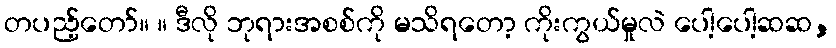
တပည့်တော်။ ။ ဒီလို ဘုရားအစစ်ကို မသိရတော့ ကိုးကွယ်မှုလဲ ပေါ့ပေါ့ဆဆ,